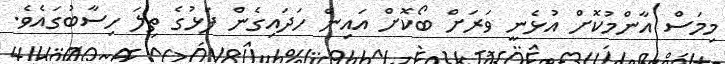
މިމަސް އާންމުކޮށް އުޅެނީ ވަރަށް ބޯކޮށް އައިން ހަދައިގެން ފަޅުގެ ތިލަ ހިސާބުގައެވެ.